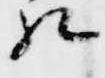
相